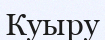
Куыру